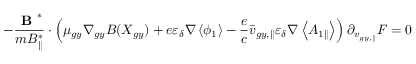
- \frac { \textbf { B } ^ { * } } { m B _ { \parallel } ^ { * } } \boldsymbol { \cdot } \left( \mu _ { g y } \nabla _ { g y } B ( X _ { g y } ) + e \varepsilon _ { \delta } \nabla \left< \phi _ { 1 } \right> - \frac { e } { c } \bar { v } _ { g y , \parallel } \varepsilon _ { \delta } \nabla \left< A _ { 1 \parallel } \right> \right) \partial _ { { v } _ { g y , \parallel } } F = 0